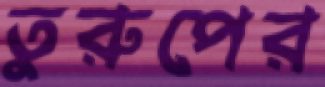
তুরুপের